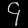
Digit: ၄